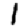
Digit: 1